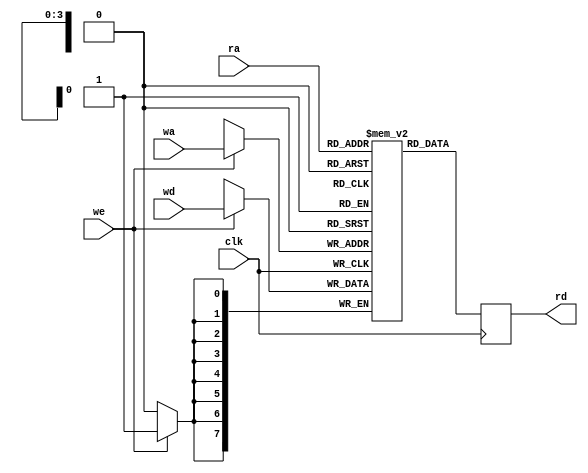
module regfile( input clk,
							input [ADDR_WIDTH-1:0] ra,
							output reg [WIDTH-1:0] rd, 
							input [ADDR_WIDTH-1:0] wa,
							input [WIDTH-1:0] wd, 
							input we);

	parameter WIDTH = 8;
	parameter HEIGHT = 9;
	parameter ADDR_WIDTH = 4;

	reg[WIDTH-1:0] mem [HEIGHT-1:0];
								
	always @(posedge clk) begin
		rd <= mem[ra];
		if(we)
			mem[wa] = wd;
	end
endmodule